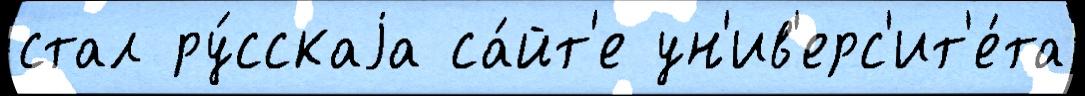
стал ру́сскаjа са́йт'е ун'ив'ерс'ит'е́та